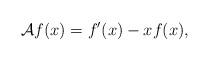
LaTeX: \begin{align*} {\mathcal{A}}f(x) = f'(x)-xf(x),\end{align*}